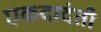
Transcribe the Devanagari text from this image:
एकदादंती